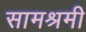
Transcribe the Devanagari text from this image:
सामश्रमी